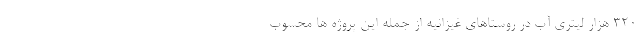
۳۲۰ هزار لیتری آب در روستاهای غیزانیه از جمله این پروژه ها محسوب